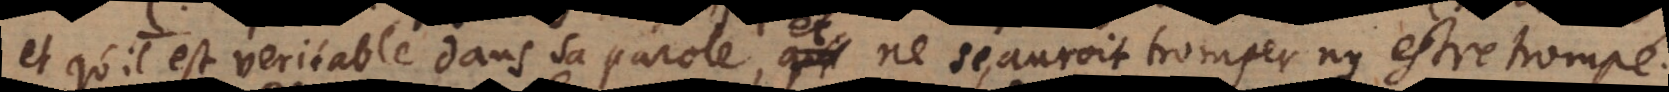
et qu’il est veritable dans sa parole, et ne sçauroit tromper ny estre trompé.